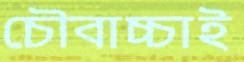
চৌবাচ্চাই